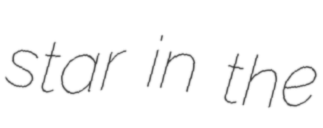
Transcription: star in the